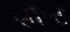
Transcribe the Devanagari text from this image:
साल्‍ट